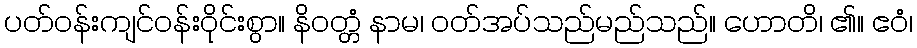
ပတ်ဝန်းကျင်ဝန်းဝိုင်းစွာ။ နိဝတ္တံ နာမ၊ ဝတ်အပ်သည်မည်သည်။ ဟောတိ၊ ၏။ ဧဝံ၊